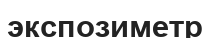
экспозиметр